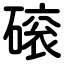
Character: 磙